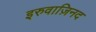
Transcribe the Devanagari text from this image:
इरुवाज़िनद